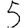
Digit: 5